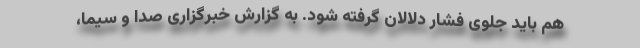
هم باید جلوی فشار دلالان گرفته شود. به گزارش خبرگزاری صدا و سیما،